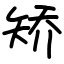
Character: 矫